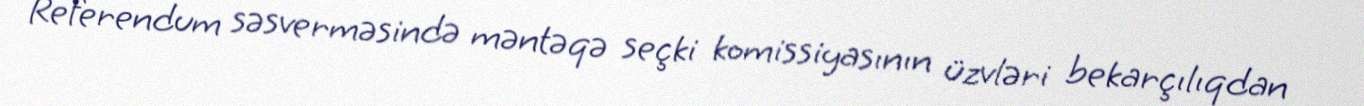
Referendum səsverməsində məntəqə seçki komissiyasının üzvləri bekarçılıqdan